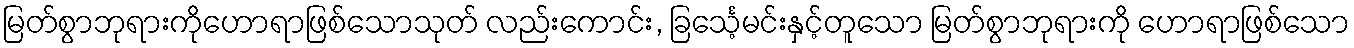
မြတ်စွာဘုရားကိုဟောရာဖြစ်သောသုတ် လည်းကောင်း, ခြင်္သေ့မင်းနှင့်တူသော မြတ်စွာဘုရားကို ဟောရာဖြစ်သော